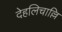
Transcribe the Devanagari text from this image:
देहलिचाल्लि